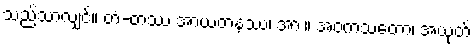
သည်သာလျှင်။ တံ-တဿ အာယတနဿ၊ အား။ အဝကံသတော၊ အယုတ်